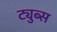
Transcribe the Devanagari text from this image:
ट्युब्स